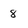
Character: 8